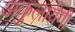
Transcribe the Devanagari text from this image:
अकुलायेगी